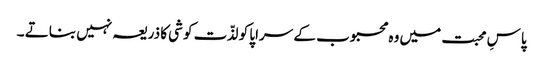
پاسِ محبت میں وہ محبوب کے سراپا کو لذّت کوشی کا ذریعہ نہیں بناتے ۔